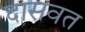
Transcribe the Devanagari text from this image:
दासवत